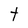
Character: t